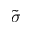
\tilde { \sigma }